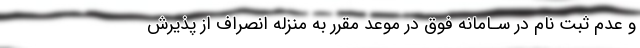
و عدم ثبت نام در سـامانه فوق در موعد مقرر به منزله انصراف از پذیرش